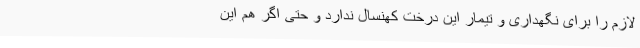
لازم را برای نگهداری و تیمار این درخت کهنسال ندارد و حتی اگر هم این